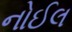
નોઈલ